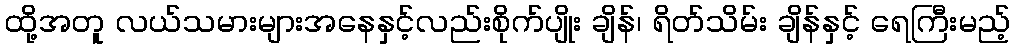
ထို့အတူ လယ်သမားများအနေနှင့်လည်းစိုက်ပျိုး ချိန်၊ ရိတ်သိမ်း ချိန်နှင့် ရေကြီးမည့်